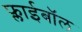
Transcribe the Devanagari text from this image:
फ्लाईबॉल